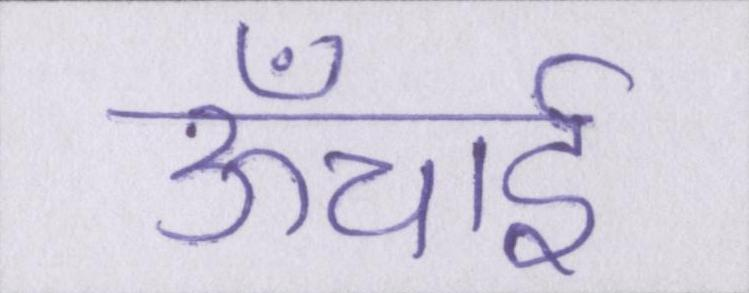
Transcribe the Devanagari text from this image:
ऊँचाई